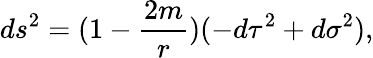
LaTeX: ds^{2}=(1-\frac{2m}{r})(-d\tau^{2}+d\sigma^{2}),